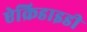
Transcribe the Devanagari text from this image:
ऐक्रिडाइडी